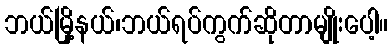
ဘယ်မြို့နယ်၊ဘယ်ရပ်ကွက်ဆိုတာမျိုးပေါ့။